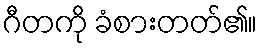
ဂီတကို ခံစားတတ်၏။